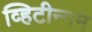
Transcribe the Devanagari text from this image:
व्हिटीन्गम